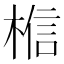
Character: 𪲼